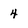
Character: 4